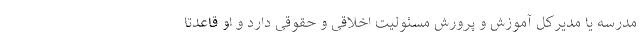
مدرسه یا مدیرکل آموزش و پرورش مسئولیت اخلاقی و حقوقی دارد و او قاعدتاً